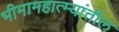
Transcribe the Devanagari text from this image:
भीमामहात्म्यांतील